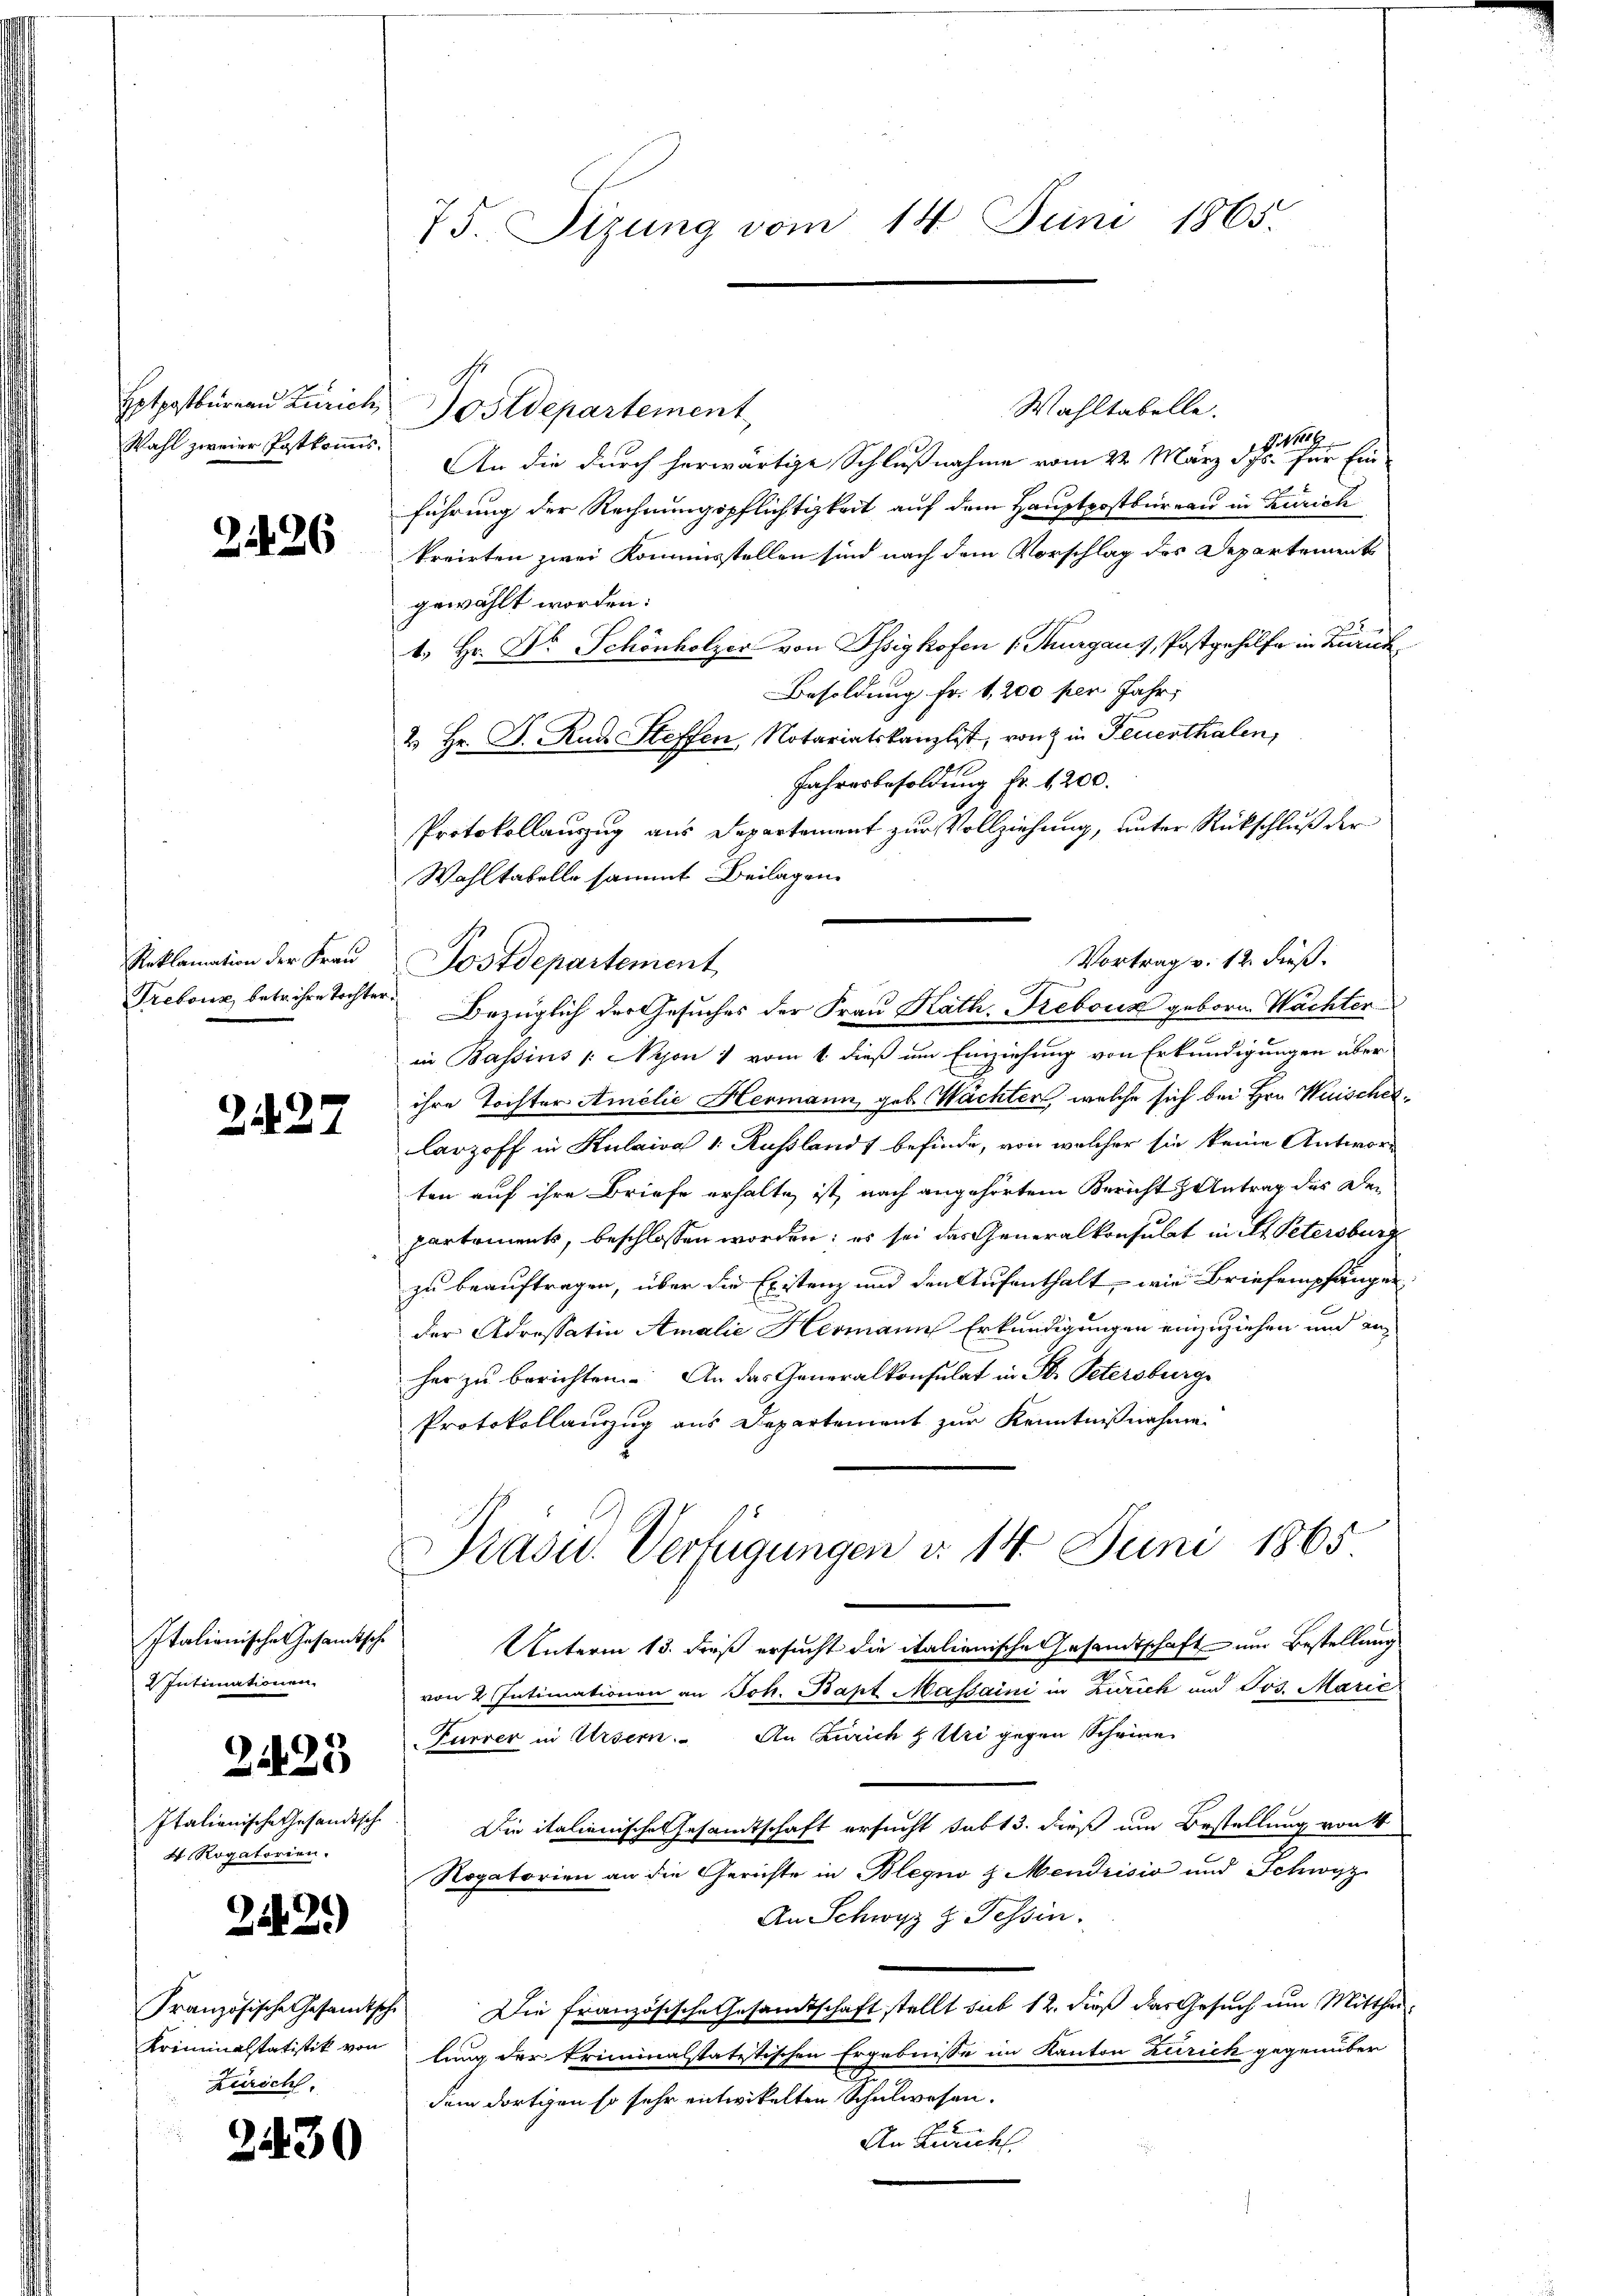
Hotpostbureau Zürich
Wahl zweier Postkomis¬

226

Reklamation der Frau
Trebonz, betr. ihre Tochter¬

2427

Italianische Gesandtsche
2 Intimationen
2425
Italionische Gesandtsche
4 Rogatorien.

24 25)

Zürich.

2430

75. Sizung vom 14. Juni 1865.

Wahltabelle.
An die durch herwärtige Schlußnahme vom 22. März der zur Ein
führung der Rechnungspflichtigkeit auf dem Hauptpostbüreau in Zürich
kreirten zwei Kommisstellen sind nach dem Vorschlag des Departements
gewählt worden:
1. Hr. Dr. Schönholzer von Isighofen (Kurgaus, Postgehilfe in Zürich
Besoldung fr. 1,200 per Jahr,
2. Hr. P. Rud. Steffen, Notariatskanzlist, von in Feuerthalen,
Jahresbesoldung fr. 1200.
Protokollauszug aus Departement zur Vollziehung, unter Rückschluß der
Wahltabelle sammt Beilagen.
Postdepartement
Bezüglich der Gesuches der Frau Kath. Frebouz geboren Wachter
in Bassins /: Nyon 1 vom 1. dieß um Einziehung von Erkundigungen über-
ihre Tochter Amolie Hermann, geb. Wächter, welche sich bei Hrn. Weisches
larzoff in Kulaiva 1 Rußlandt befinde, von welcher sie keine Antworten auf ihre Briefe erhalte ist, nach angehörtem Bericht Antrag des Departements, beschlossen worden; es sei das Generalkonsulat in St. Petersburg
zu beauftragen, über die Existenz und den Aufenthalt, wie Briefempfängen
der Adressatin Amalie Hermann Erkundigungen einzuziehen und an
her zu berichten. An das Generalkonsulat in St. Petersburge
Protokollanzug aus Departement zur Kenntnißnahme
Präsid.. Verfügungen d. 14. Juni 1865
Unterm 13. dieß ersucht die italienische Gesandtschaft um Bestellung
von 2 Intimationen an Joh. Bapt Massaini in Zürich und Jos. Marie
Furrer in Ursern. An Zürich & Uri gegen Scheine
Die italienische Gesamtschaft ersucht subt 3. dieß um Bestellung von 4
Rogatorien an die Gerichte in Blegno d. Mendrisio und Schwyz
An Schwyz z. Tessin
Französische Gesamtsche Die französische Gesandtschaft stellt sub 12. dieß das Gesuch um Mitthei
Kriminalstatistik von lung der kriminalstatistischen Ergebnisse im Kanton Zürich gegenüber
dem dortigen so sehr entwickelten Schulwesen.
An Zürich.

Postdepartement

Vortrag v. 12. dieß.
J